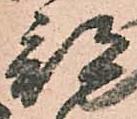
部